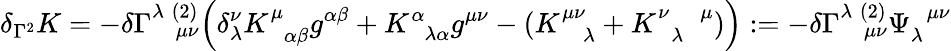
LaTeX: \delta_{\Gamma^{2}}K=-\delta\Gamma_{\; \; \; \mu\nu}^{\lambda\; (2)}\Big(\delta_{\lambda}^{\nu}K_{\; \; \alpha\beta}^{\mu}g^{\alpha\beta}+K_{\; \; \lambda\alpha}^{\alpha}g^{\mu\nu}-(K_{\; \; \; \lambda}^{\mu\nu}+K_{\; \; \lambda}^{\nu\; \; \; \; \mu})\Big):=-\delta\Gamma_{\; \; \; \mu\nu}^{\lambda\; (2)}\Psi_{\lambda}^{\; \; \mu\nu}